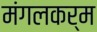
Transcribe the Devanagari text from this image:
मंगलकर्म